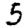
Digit: 5